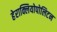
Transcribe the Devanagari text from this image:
हेराक्लियोपोलिटन